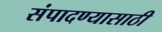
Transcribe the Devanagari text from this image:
संपादण्यासाठी